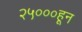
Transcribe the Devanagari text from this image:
२५०००हून